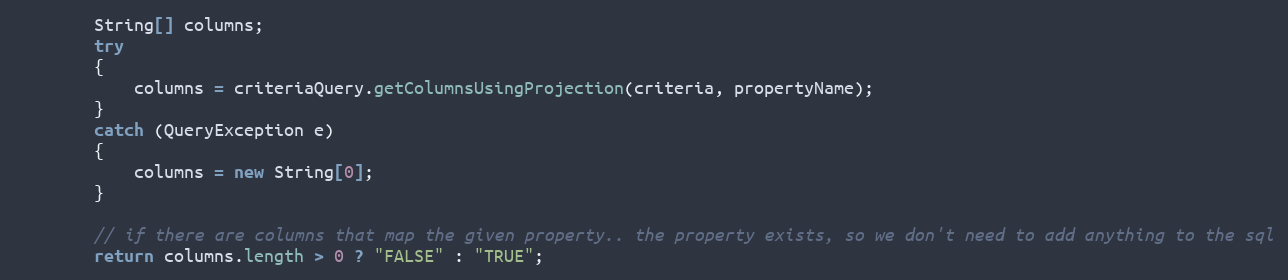
Language: Java
        String[] columns;
        try
        {
            columns = criteriaQuery.getColumnsUsingProjection(criteria, propertyName);
        }
        catch (QueryException e)
        {
            columns = new String[0];
        }

        // if there are columns that map the given property.. the property exists, so we don't need to add anything to the sql
        return columns.length > 0 ? "FALSE" : "TRUE";